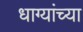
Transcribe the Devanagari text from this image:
धाग्यांच्या